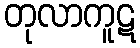
တုလာကူဋ